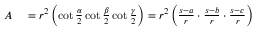
\begin{array} { r l } { A } & { { } = r ^ { 2 } \left( \cot { \frac { \alpha } { 2 } } \cot { \frac { \beta } { 2 } } \cot { \frac { \gamma } { 2 } } \right) = r ^ { 2 } \left( { \frac { s - a } { r } } \cdot { \frac { s - b } { r } } \cdot { \frac { s - c } { r } } \right) } \end{array}